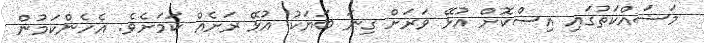
މަސައްކަތުގައި އިސްކޮށް އުޅޭ ވަރަށް ގިނަ ބަޔަކު އުޅޭ ރަށެއް ކަމަށެވެ. އެހެންކަމުން